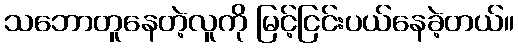
သဘောတူနေတဲ့လူကို မြင့်ငြင်းပယ်နေခဲ့တယ်။